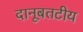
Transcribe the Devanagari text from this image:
दानूबतटीय